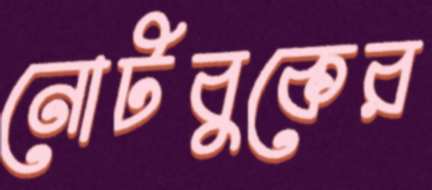
নোটবুকের